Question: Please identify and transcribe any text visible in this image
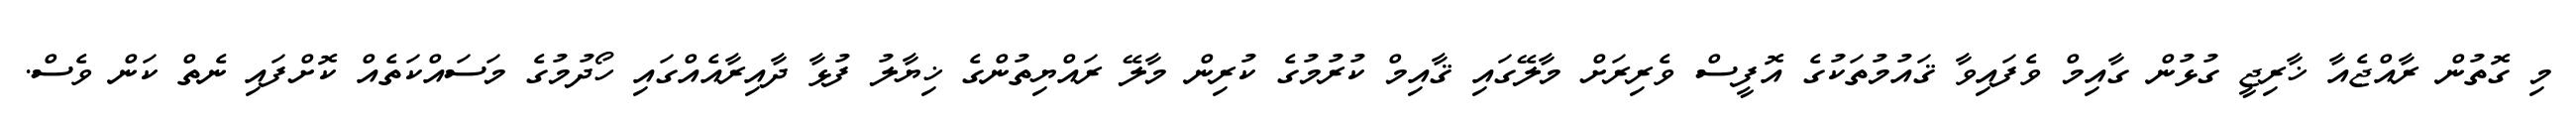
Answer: މި ގޮތުން ރާއްޖެއާ ޚާރިޖީ ގުޅުން ގާއިމް ވެފައިވާ ޤައުމުތަކުގެ އޮފީސް ވެރިރަށް މާލޭގައި ޤާއިމް ކުރުމުގެ ކުރިން މާލޭ ރައްޔިތުންގެ ޚިޔާލު ފުޅާ ދާއިރާއެއްގައި ހޯދުމުގެ މަސައްކަތެއް ކޮށްފައި ނެތް ކަން ވެސް.